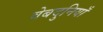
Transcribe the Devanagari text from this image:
वेबदुनियाँ